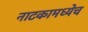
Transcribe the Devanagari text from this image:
नाटकामध्येच